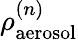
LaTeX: \rho_{\mathrm{aerosol}}^{(n)}